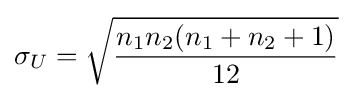
\sigma _{U}={\sqrt {n_{1}n_{2}(n_{1}+n_{2}+1) \over 12}}